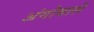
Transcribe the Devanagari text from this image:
अंगोवाले